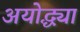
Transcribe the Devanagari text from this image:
अयोद्ध्या